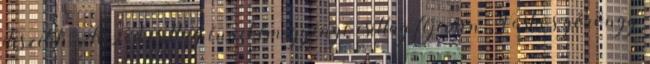
díszítik. Kezed csillag énnekem, gyenge csillag fejemen. Vaskos göröngy